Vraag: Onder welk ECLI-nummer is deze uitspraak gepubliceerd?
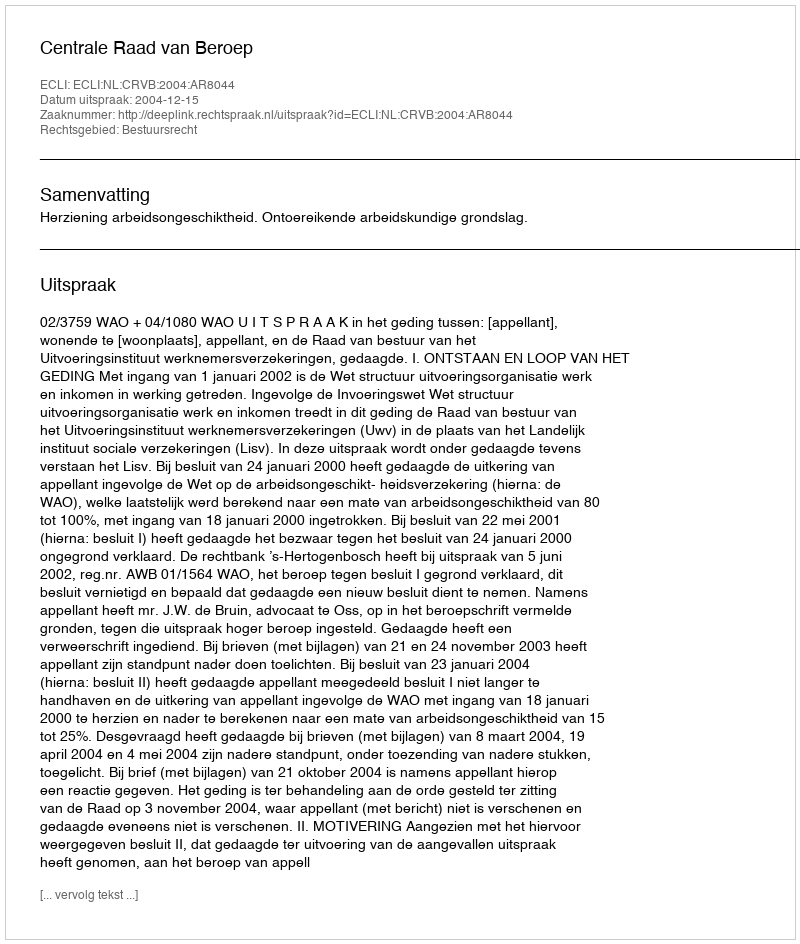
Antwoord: ECLI:NL:CRVB:2004:AR8044